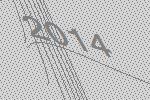
2014